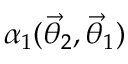
\alpha _ { 1 } ( \ensuremath { \vec { \theta } } _ { 2 } , \ensuremath { \vec { \theta } } _ { 1 } )